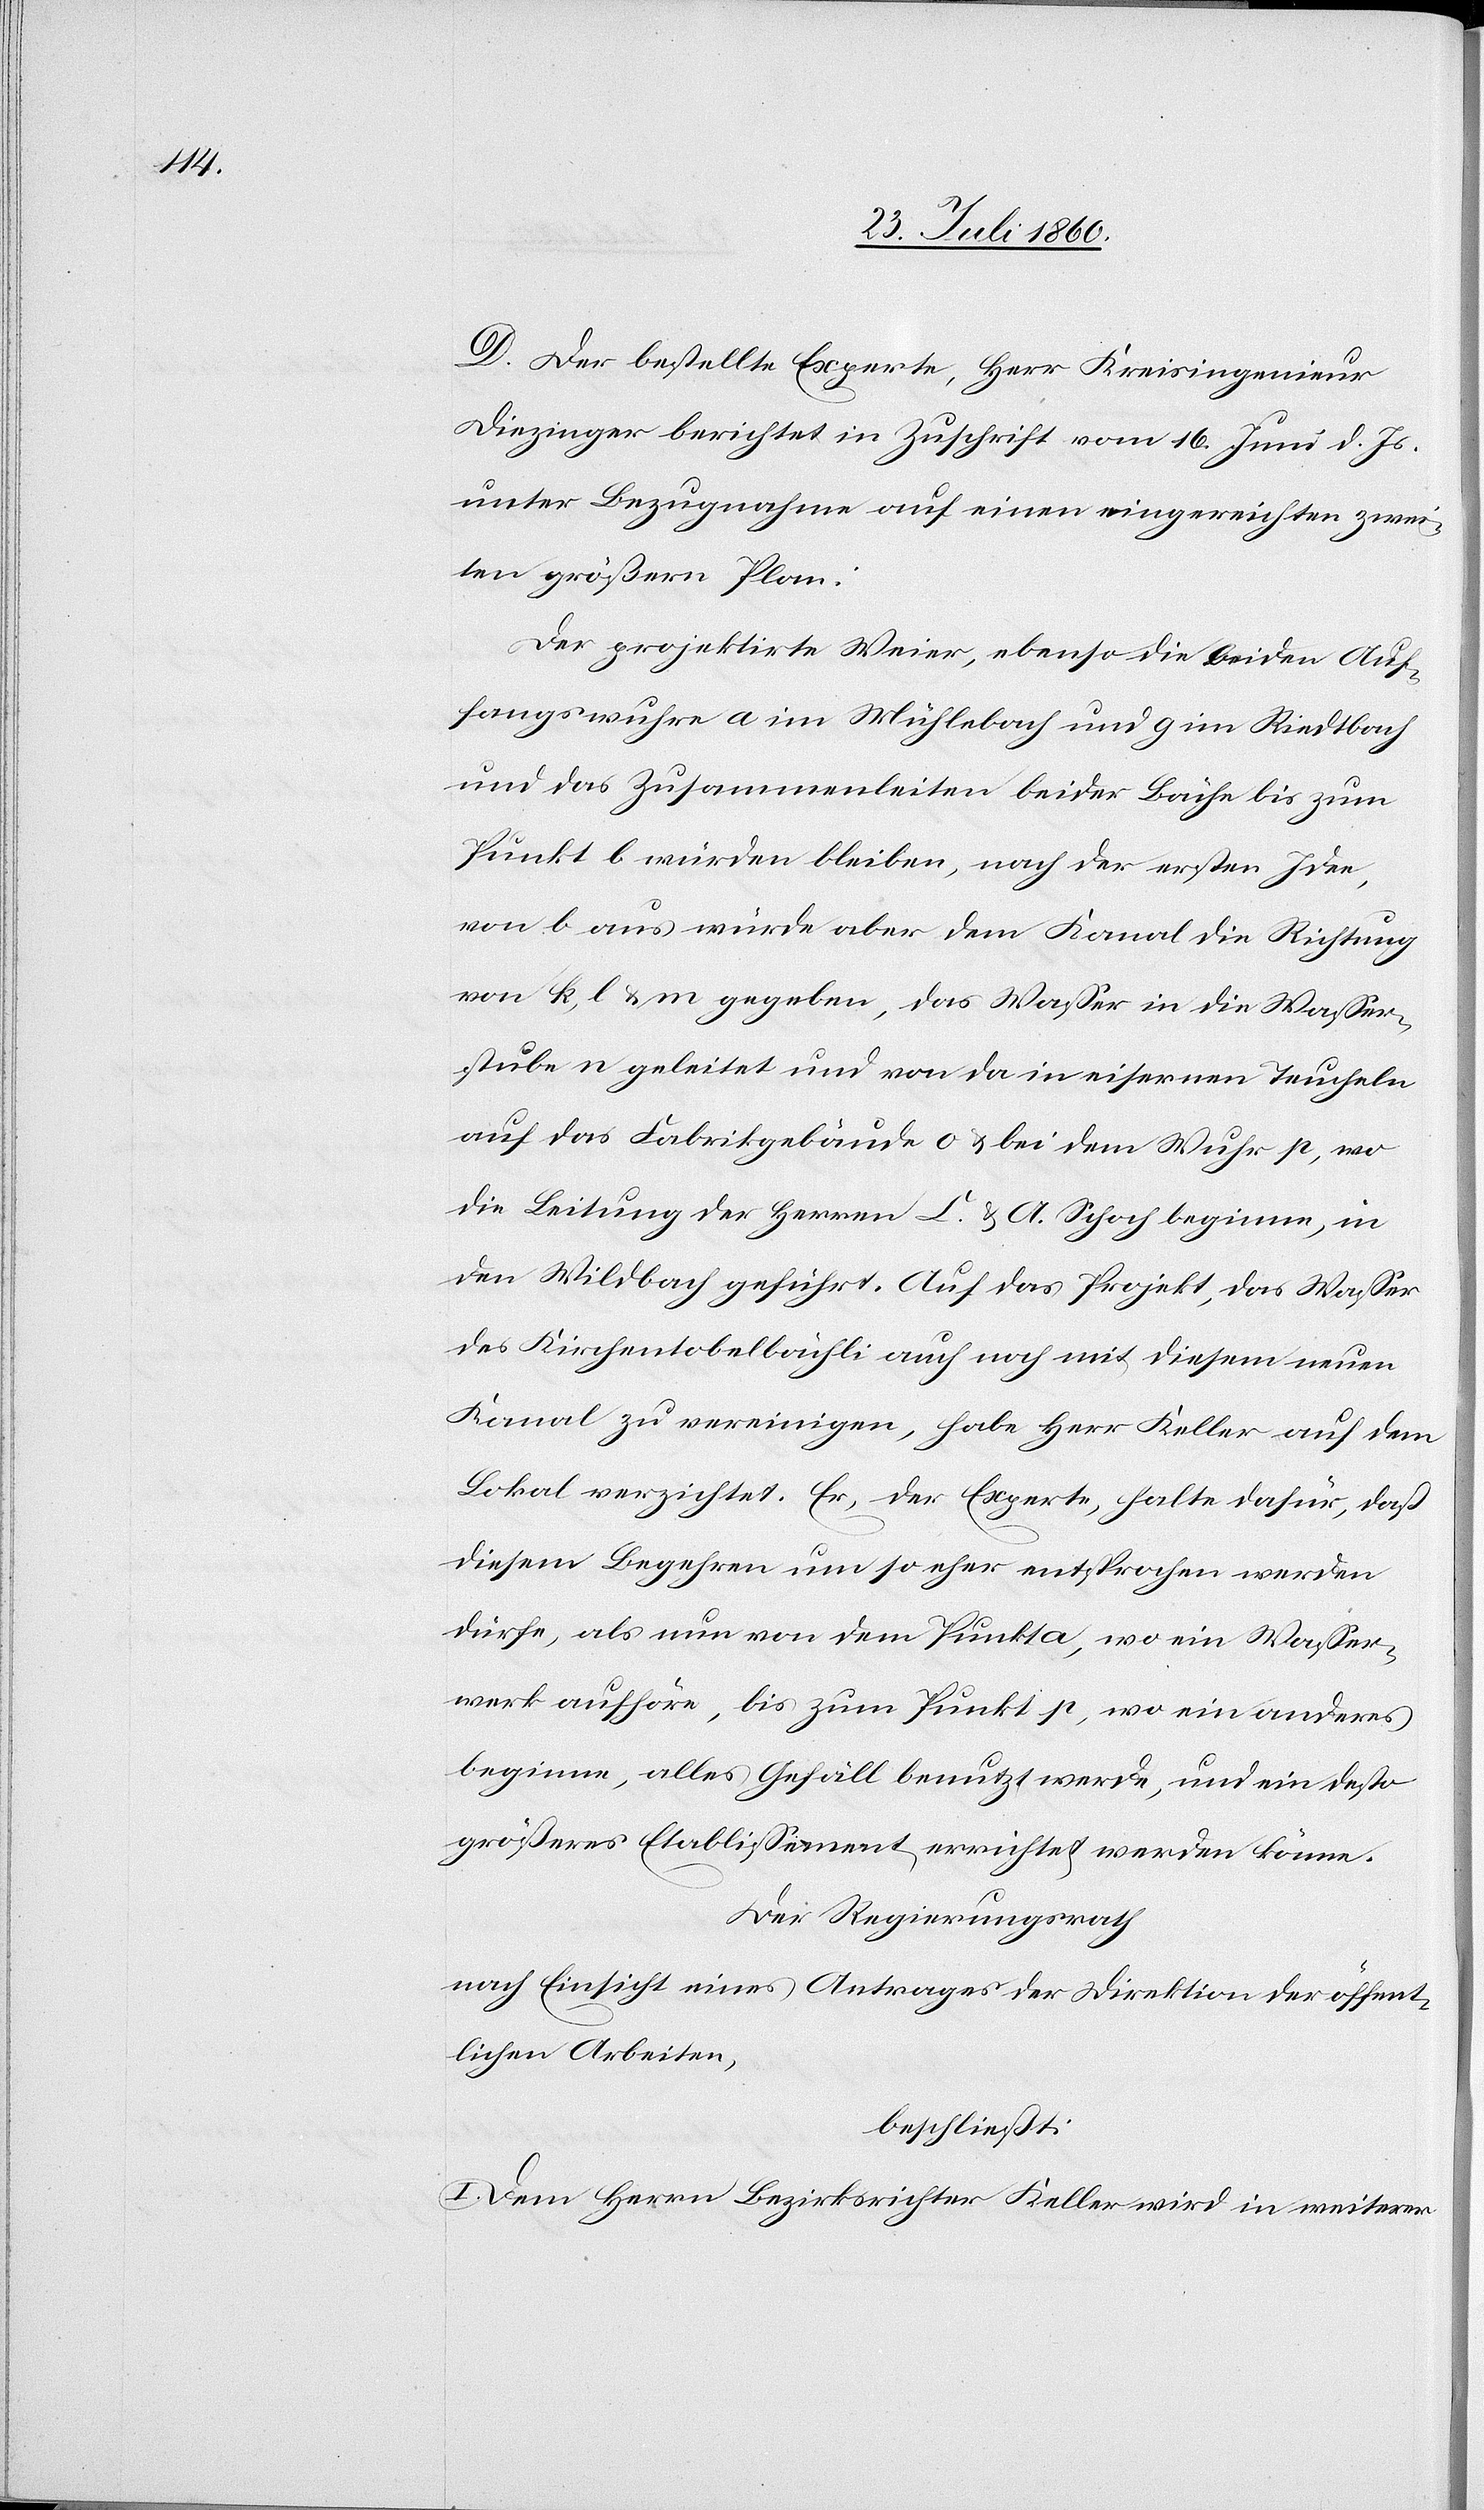
D. Der bestellte Experte, Herr Kreisingenieur
Diezinger berichtet in Zuschrift vom 16. Brachmonat d. Js.
unter Bezugnahme auf einen eingereichten zwei¬
ten grössern Plan:
Der projektirte Weier, ebenso die beiden Auf¬
fangswuhre a im Mühlebach und g im Riedtbach
und das Zusammenleiten beider Bäche bis zum
Punkt b würden bleiben, nach der ersten Idee,
von b aus würde aber dem Kanal die Richtung
von k l u. m gegeben, das Wasser in die Wasser¬
stube n geleitet und von da in eisernen Teucheln
auf das Fabrikgebäude o u. bei dem Wuhrst, wo
die Leitung der Herren C. u. A. Schoch beginne, in
den Wildbach geführt. Auf das Projekt, das Wasser
des Kirchentobelbächlis auch noch mit diesem neuen
Kanal zu vereinigen, habe Herr Keller auf dem
Lokal verzichtet. Er, der Experte, halte dafür, daß
diesem Begehren um so eher entsprochen werden
dürfe, als nun von dem Punkt a, wo ein Wasser¬
werk aufhöre, bis zum Punkt p, wo ein anderes
beginne, alles Gefäll benutzt werde und ein desto
grösseres Etablissement errichtet werden könne.
Der Regierungsrath,
nach Einsicht eines Antrages der Direktion der öffent¬
lichen Arbeiten,
beschließt:
I. Dem Herrn Bezirksrichter Keller wird in weite-